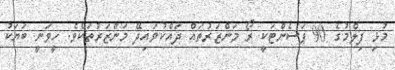
މުޅި ފިލްމުގެ 90 ޕަސެންޓަކީ ރޯ މަންޒަރުތައް ދައްކުވައިދޭ މަންޒަރުތަކެވެ. ހީވަނީ ބަޔަކު